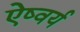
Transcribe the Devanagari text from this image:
ऐष्वर्य